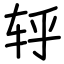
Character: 轷